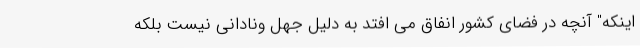
اینکه" آنچه در فضای کشور انفاق می افتد به دلیل جهل ونادانی نیست بلکه